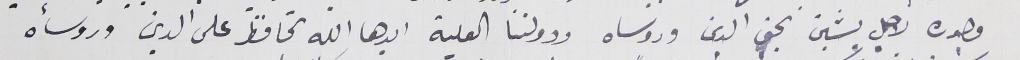
وجوده لاجل يشين بحق الدين وروساه ودولتنا العلية ايدها الله تحافظ على الدين وروسأه